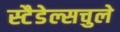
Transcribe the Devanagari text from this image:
स्टैडेल्सचुले